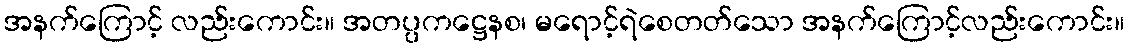
အနက်ကြောင့် လည်းကောင်း။ အတပ္ပကဋ္ဌေနစ၊ မရောင့်ရဲစေတတ်သော အနက်ကြောင့်လည်းကောင်း။